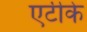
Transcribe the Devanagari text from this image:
एटीके